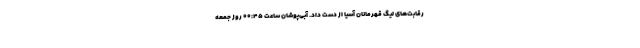
رقابت‌های لیگ قهرمانان آسیا از دست داد. آبی‌پوشان ساعت ۰۰:۴۵ روز جمعه